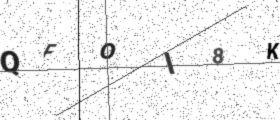
Text: QFOI8K